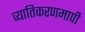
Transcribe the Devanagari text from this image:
व्यातिकरणमापी